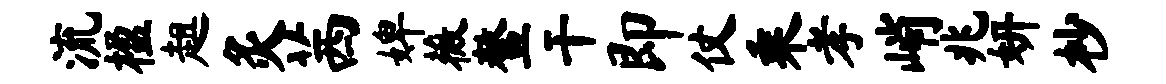
流楹趄灸茜婢薇鳌干即仗乘孝峭兆妍杪